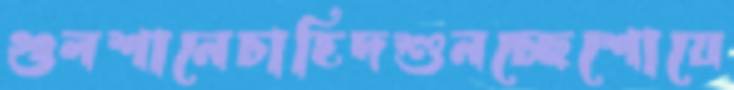
গুলশানেচাহিদশুনচ্ছেশোয়ে